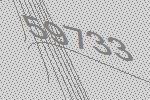
59733